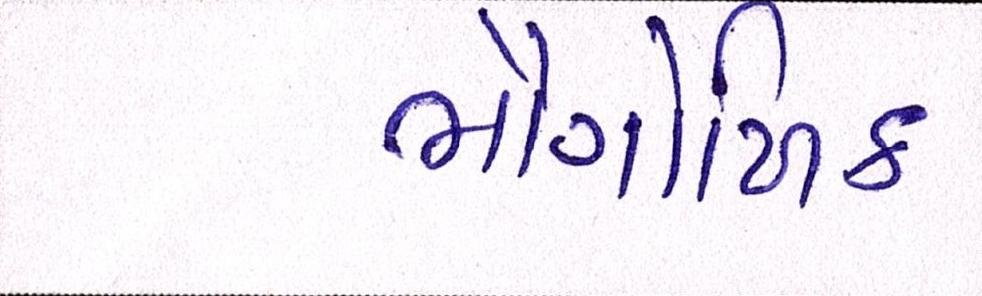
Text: ભૌગોળિક